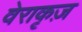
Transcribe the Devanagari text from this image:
वेराकृज़